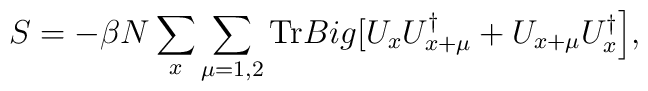
S=-\beta N\sum_{x}\sum_{\mu=1,2}\mathrm{Tr} \\Big[U_xU^\dag_{x+\mu}+U_{x+\mu}U^\dag_x\Big],